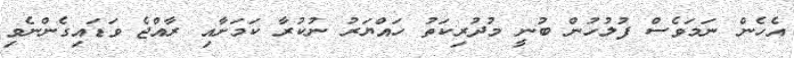
އެހެން ނަމަވެސް ފުލުހުން ބުނީ މުދުރިކަތު ހައްޔަރު ނުކުރާ ކަމަށާއި ރާއްޖެ ވަޑައިގެންނެވި